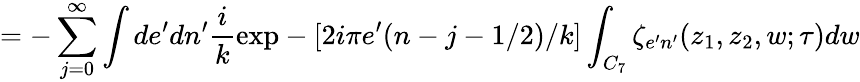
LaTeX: =-\sum_{j=0}^{\infty}\int de^{\prime}dn^{\prime}\frac{i}{k}\mathrm{exp}-[2i\pi e^{\prime}(n-j-1/2)/k]\int_{C_{7}}\zeta_{e^{\prime}n^{\prime}}(z_{1},z_{2},w;\tau)dw